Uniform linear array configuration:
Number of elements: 8
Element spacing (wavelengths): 0.25
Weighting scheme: hamming
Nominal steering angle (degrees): -60
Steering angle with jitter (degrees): -58.159
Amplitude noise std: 0.05
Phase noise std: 0.05

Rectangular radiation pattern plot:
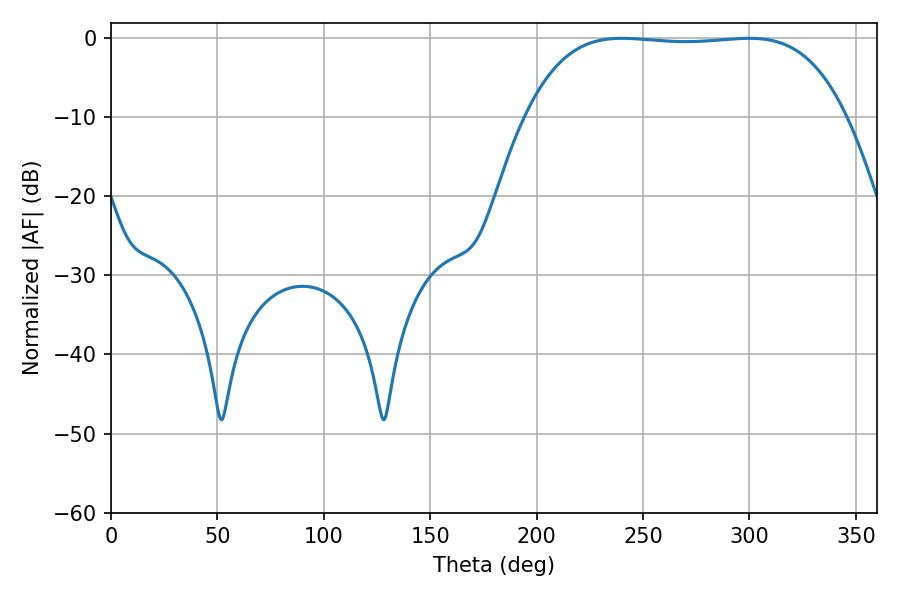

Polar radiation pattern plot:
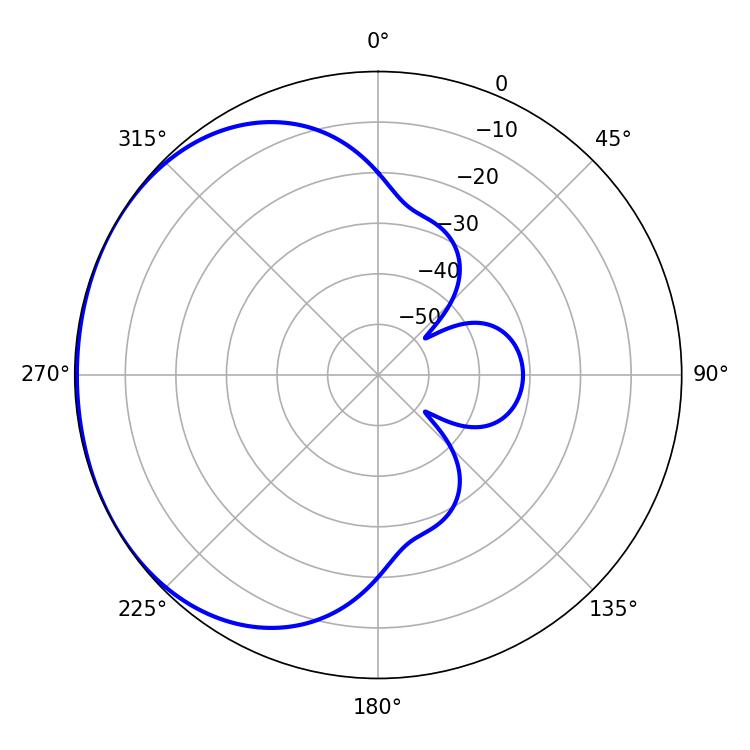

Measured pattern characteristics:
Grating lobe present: FALSE
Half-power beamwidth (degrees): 117.72
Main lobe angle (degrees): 240.12